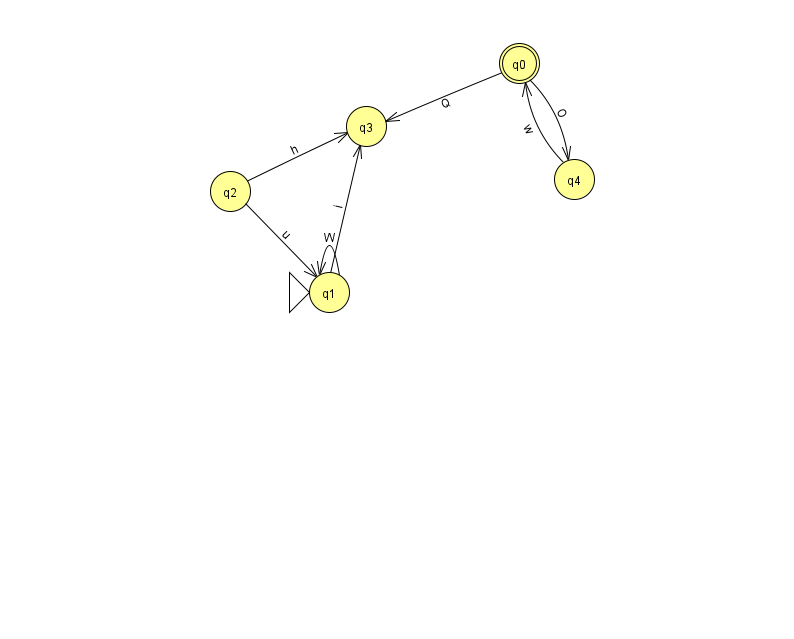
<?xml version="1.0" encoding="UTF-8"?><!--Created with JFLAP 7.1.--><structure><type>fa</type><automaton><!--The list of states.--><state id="0" name="q0"><x>519.0</x><y>50.0</y><final/></state><state id="1" name="q1"><x>329.0</x><y>279.0</y><initial/></state><state id="2" name="q2"><x>230.0</x><y>178.0</y></state><state id="3" name="q3"><x>366.0</x><y>113.0</y></state><state id="4" name="q4"><x>574.0</x><y>166.0</y></state><!--The list of transitions.--><transition><from>1</from><to>3</to><read>i</read></transition><transition><from>0</from><to>3</to><read>Q</read></transition><transition><from>0</from><to>4</to><read>O</read></transition><transition><from>1</from><to>1</to><read>W</read></transition><transition><from>2</from><to>3</to><read>h</read></transition><transition><from>4</from><to>0</to><read>w</read></transition><transition><from>2</from><to>1</to><read>u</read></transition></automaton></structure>